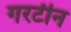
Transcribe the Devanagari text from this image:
गरटीन